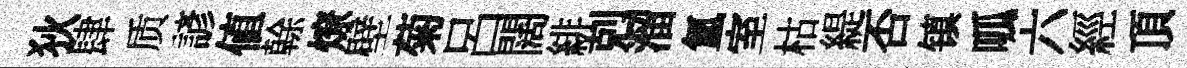
狄肆质諺值𠏉燎壁菊呂闊緋剋溜氲室枯緹否镇呱六經頂